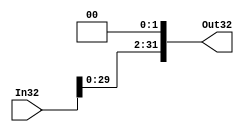
`timescale 1ns / 1ps
//////////////////////////////////////////////////////////////////////////////////
// Company: 
// Engineer: 
// 
// Design Name: 
// Module Name: shift_left
// Project Name: 
// Target Devices: 
// Tool Versions: 
// Description: 
// 
// Dependencies: 
// 
// Revision:
// Revision 0.01 - File Created
// Additional Comments:
// 
//////////////////////////////////////////////////////////////////////////////////


module shift_left(Out32, In32);
output [31:0] Out32;
input [31:0] In32;

assign Out32 = {In32[29:0],2'b00};

endmodule